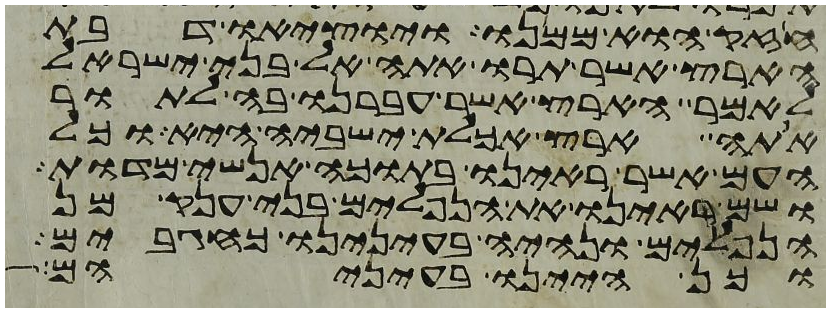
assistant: חזק הוא ממנו ויוציאו דבת
הארץ אשר תרו אתה אל בני ישראל
לאמר הארץ אשר עברנו בה לתור
אתה ארץ אכלת ישביה היא וכל
העם אשר ראינו בתוכה אנשי מדות
ושם ראינו את הנפלים בני ענק מן
הנפלים ונהיה בעינינו כחגבים
וכן היינו בעיניהם